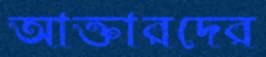
আক্তারদের